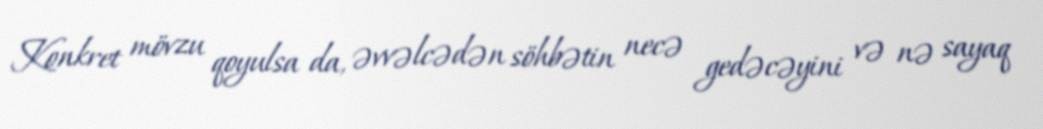
Konkret mövzu qoyulsa da, əvvəlcədən söhbətin necə gedəcəyini və nə sayaq